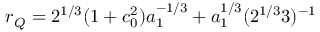
r _ { Q } = 2 ^ { 1 / 3 } ( 1 + c _ { 0 } ^ { 2 } ) a _ { 1 } ^ { - 1 / 3 } + a _ { 1 } ^ { 1 / 3 } ( 2 ^ { 1 / 3 } 3 ) ^ { - 1 }